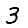
Digit: 3